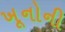
ખૂનોની